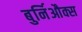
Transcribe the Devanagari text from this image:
बुर्निऔक्स